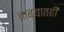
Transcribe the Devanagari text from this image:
ताब्यातही